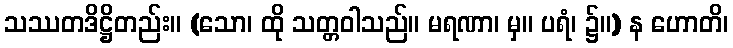
သဿတဒိဋ္ဌိတည်း။ (သော၊ ထို သတ္တဝါသည်။ မရဏာ၊ မှ။ ပရံ၊ ၌။) န ဟောတိ၊